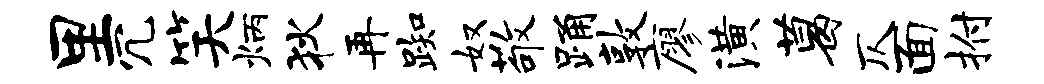
里冗笑炳狄再踟奴敬踊敦廖潢葛仄面拊